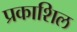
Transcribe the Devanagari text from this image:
प्रकाशिल